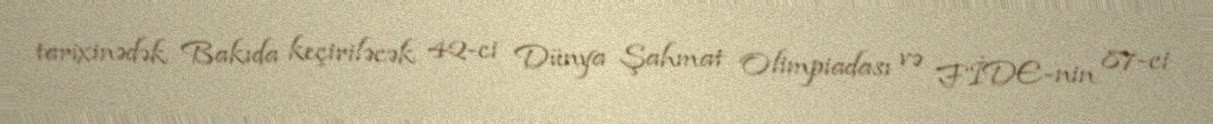
tarixinədək Bakıda keçiriləcək 42-ci Dünya Şahmat Olimpiadası və FİDE-nin 87-ci